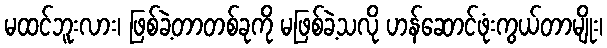
မထင်ဘူးလား၊ ဖြစ်ခဲ့တာတစ်ခုကို မဖြစ်ခဲ့သလို ဟန်ဆောင်ဖုံးကွယ်တာမျိုး၊